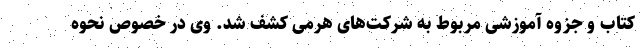
کتاب و جزوه آموزشی مربوط به شرکت‌های هرمی کشف شد. وی در خصوص نحوه